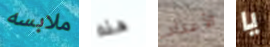
ملابسه هذه الأعداد يا